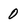
Character: 0